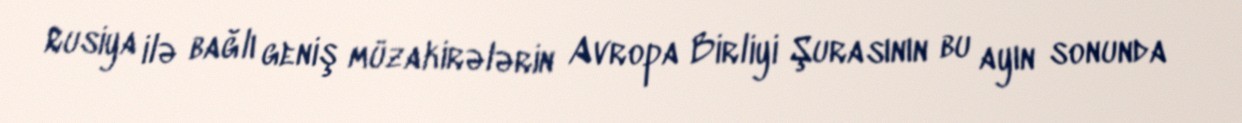
Rusiya ilə bağlı geniş müzakirələrin Avropa Birliyi Şurasının bu ayın sonunda